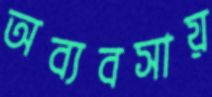
অব্যবসায়